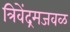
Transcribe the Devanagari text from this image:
त्रिवेंद्रमजवळ